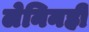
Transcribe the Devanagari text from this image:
लेनिनही